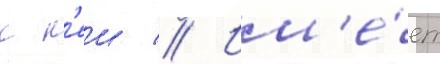
к н'еи // Им'е́ет